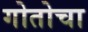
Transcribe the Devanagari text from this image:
गोतोचा